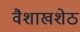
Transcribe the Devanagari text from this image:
वैशाखशेठ